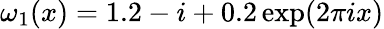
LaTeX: \omega_{1}(x)=1.2-i+0.2\exp(2\pi ix)